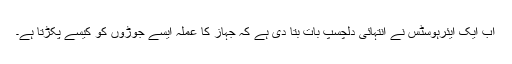
اب ایک ایئرہوسٹس نے انتہائی دلچسپ بات بتا دی ہے کہ جہاز کا عملہ ایسے جوڑوں کو کیسے پکڑتا ہے۔